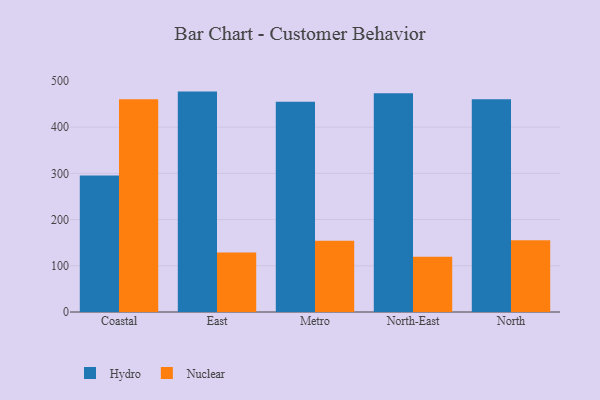
{"axis": {"x": "Region", "y": "Bounce Rate (%)"}, "legend": ["Hydro", "Nuclear"], "data": [{"x": "Coastal", "y": 295.6, "type": "Hydro"}, {"x": "Coastal", "y": 460.6, "type": "Nuclear"}, {"x": "East", "y": 476.9, "type": "Hydro"}, {"x": "East", "y": 128.7, "type": "Nuclear"}, {"x": "Metro", "y": 454.7, "type": "Hydro"}, {"x": "Metro", "y": 153.9, "type": "Nuclear"}, {"x": "North-East", "y": 473.3, "type": "Hydro"}, {"x": "North-East", "y": 119.6, "type": "Nuclear"}, {"x": "North", "y": 460.1, "type": "Hydro"}, {"x": "North", "y": 155.2, "type": "Nuclear"}]}